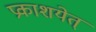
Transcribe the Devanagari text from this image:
प्रकाशयेत्